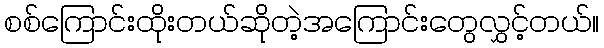
စစ်ကြောင်းထိုးတယ်ဆိုတဲ့အကြောင်းတွေလွှင့်တယ်။